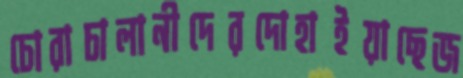
চোরাচালানীদেরদোহাইয়াছেজ